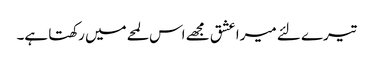
تیرے لئے میرا عشق مجھے اس لمحےمیں رکھتا ہے۔